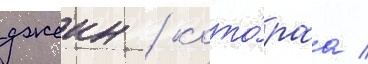
джеин / кото́раа /